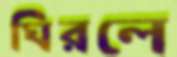
ঘিরলে